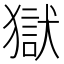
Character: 獄